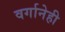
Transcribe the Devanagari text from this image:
वर्गानेही